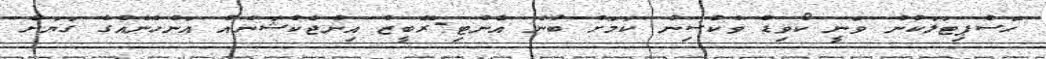
ހޮސްޕިޓަލަކުން ވަނީ ކޯވިޑް ވެކްސިން ކަމަށް ބުނެ އެންޓި-ރޭބީޒް އިންޖެކްޝަނެއް އަންހެނެއްގެ ގަޔަށް